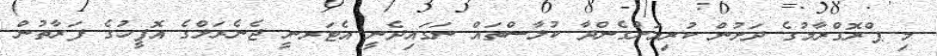
މި ޕްރޮގްރާމުގެ ދަށުން ކުރިއަށްގެންދާ ކުލާސްތައް ނަގައިދެނީ އެޓަރނީ ޖެނެރަލްގެ އޮފީހުގެ ފަރާތުން